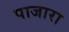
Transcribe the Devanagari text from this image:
पाजारा